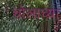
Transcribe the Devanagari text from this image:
चोलाच्या